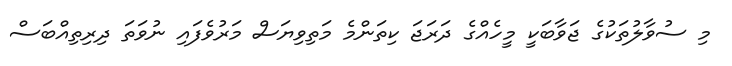
މި ސުވާލުތަކުގެ ޖަވާބަކީ މީހެއްގެ ދަރަޖަ ކިތަންމެ މަތިވިޔަސް މަރުވެފައި ނުވަތަ ދިރިތިއްބަސް